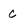
Character: c